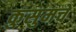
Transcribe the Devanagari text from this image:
कुसुमचे